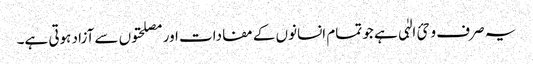
یہ صرف وحئ الہٰی ہے جو تمام انسانوں کے مفادات اور مصلحتوں سے آزاد ہوتی ہے۔